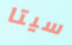
سيتا